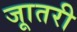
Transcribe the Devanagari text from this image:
जाूतरी